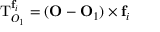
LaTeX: \mathbf { \mathrm { T } } _ { O _ { 1 } } ^ { \mathbf { f } _ { i } } = ( \mathbf { O } - \mathbf { O } _ { 1 } ) \times \mathbf { f } _ { i }